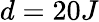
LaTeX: d=20J